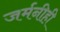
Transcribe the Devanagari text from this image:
जर्मनीही